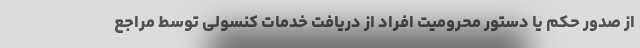
از صدور حکم یا دستور محرومیت افراد از دریافت خدمات کنسولی توسط مراجع